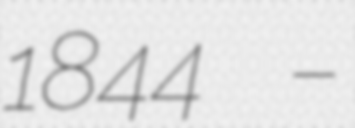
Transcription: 1844 –